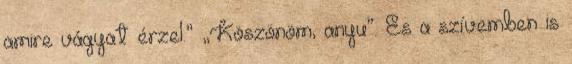
amire vágyat érzel.” „Köszönöm, anyu”. És a szívemben is